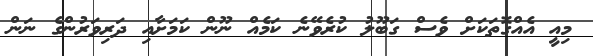
މިއީ އެއްގޮތަކަށް ވެސް ގަބޫލު ކުރެވޭނެ ކަމެއް ނޫން ކަމަށާއި ދަރިވަރުންގެ ނަން